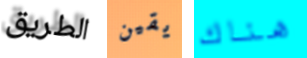
الطريق يقين هناك